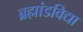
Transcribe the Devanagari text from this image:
ब्रह्मांडविद्या